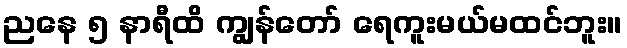
ညနေ ၅ နာရီထိ ကျွန်တော် ရေကူးမယ်မထင်ဘူး။